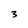
Character: 3